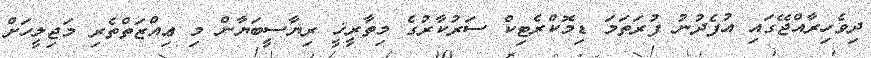
ދިވެހިރާއްޖޭގައި އުފެދުނު ފުރަތަމަ ޑިމޮކްރެޓިކް ސަރުކާރުގެ މިތާރީޚީ ރިޔާސީބަޔާން މި ޢިއްޒަތްތެރި މަޖިލީހަށް